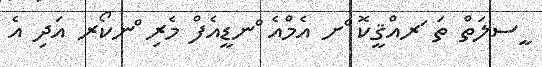
ީސލަތް ތަ ަރއްޤީކޮ ްށ އެމްއެ ްނޑީއެފް މެރި ްނކޯރ އަދި އެ